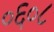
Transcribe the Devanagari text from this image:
०६०८